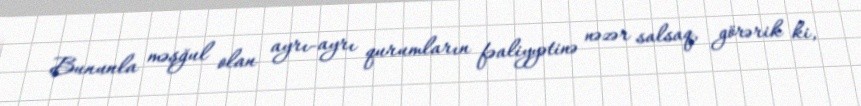
Bununla məşğul olan ayrı-ayrı qurumların fəaliyyətinə nəzər salsaq, görərik ki,